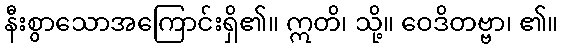
နီးစွာသောအကြောင်းရှိ၏။ ဣတိ၊ သို့။ ဝေဒိတဗ္ဗာ၊ ၏။